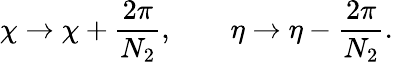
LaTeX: \chi\to\chi+\frac{2\pi}{N_{2}},\qquad\eta\to\eta-\frac{2\pi}{N_{2}}.